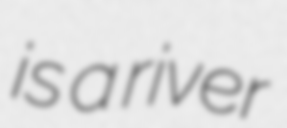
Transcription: is a river